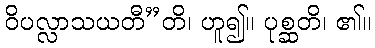
ဝိပလ္လာသယတီ”တိ၊ ဟူ၍။ ပုစ္ဆတိ၊ ၏။